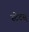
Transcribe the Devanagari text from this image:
स्टेटस्